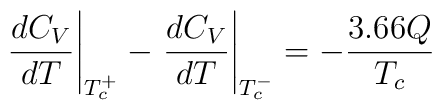
\left.\frac{dC_V}{dT}\right|_{T_c^+}-\left.\frac{dC_V}{dT}\right|_{T_c^-} =-\frac{3.66 Q}{T_c}